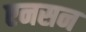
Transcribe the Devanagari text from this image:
एनसन